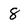
Character: 8